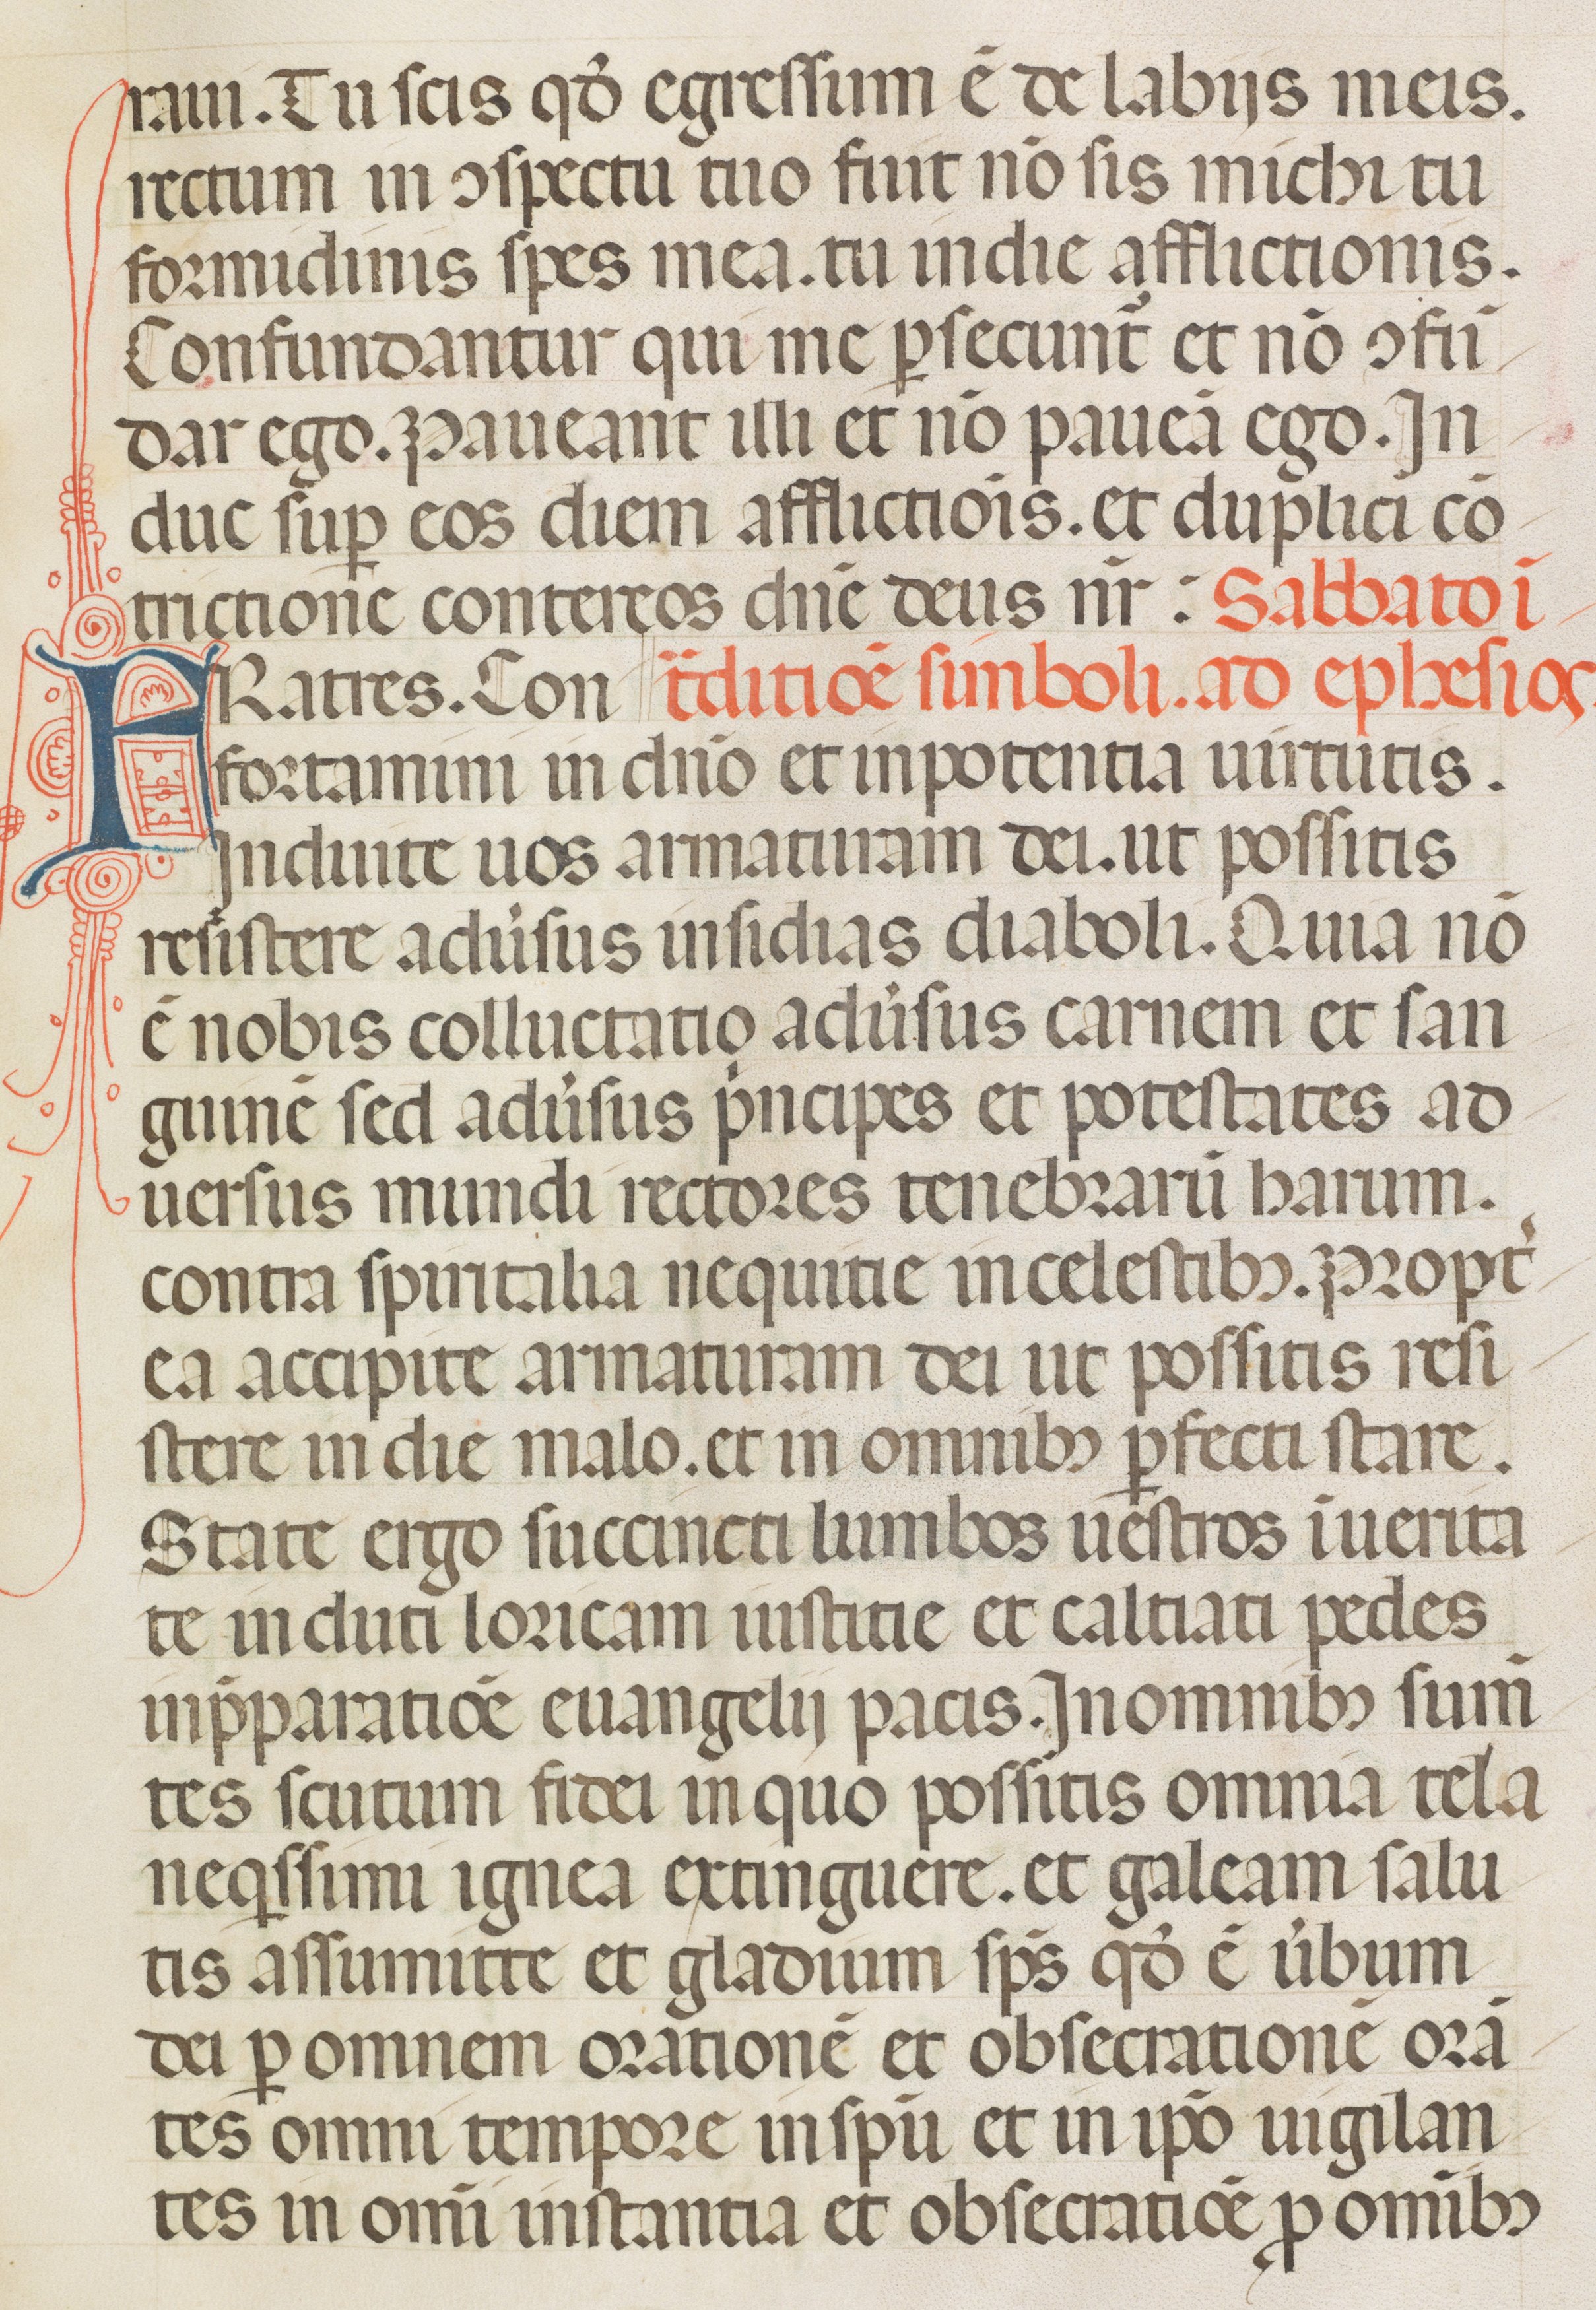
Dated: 1342–1342